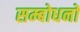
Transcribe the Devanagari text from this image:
सम्बोधनों